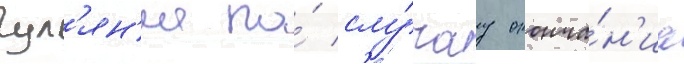
гул'ян'ие по́ слу́чау оконча́н'иа